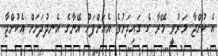
އެ ކުށްޖާ މަރުވީ މޭރާ ގެ ގައިދަށުވެ އެއަށްފަހު އޭނާގެ އެނދުދަށަށް އެކުށްޖާ